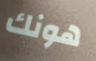
هونك